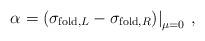
LaTeX: \begin{align*}\alpha = \left( \sigma_{{\rm fold},L} - \sigma_{{\rm fold},R} \middle) \right|_{\mu = 0} \,,\end{align*}